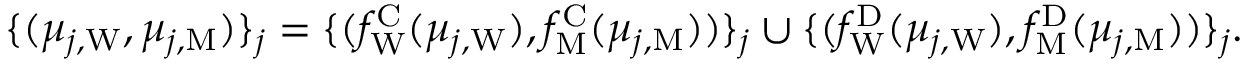
\begin{array} { r } { \{ ( \mu _ { j , \mathrm { W } } , \mu _ { j , \mathrm { M } } ) \} _ { j } = \{ ( f _ { \mathrm { W } } ^ { \mathrm { C } } ( \mu _ { j , \mathrm { W } } ) , f _ { \mathrm { M } } ^ { \mathrm { C } } ( \mu _ { j , \mathrm { M } } ) ) \} _ { j } \cup \{ ( f _ { \mathrm { W } } ^ { \mathrm { D } } ( \mu _ { j , \mathrm { W } } ) , f _ { \mathrm { M } } ^ { \mathrm { D } } ( \mu _ { j , \mathrm { M } } ) ) \} _ { j } . } \end{array}